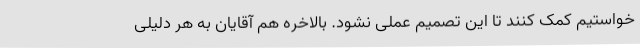
خواستیم کمک کنند تا این تصمیم عملی نشود. بالاخره هم آقایان به هر دلیلی